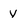
Character: V